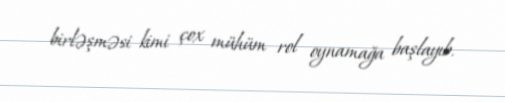
birləşməsi kimi çox mühüm rol oynamağa başlayıb.